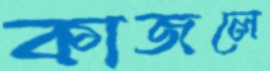
কাজলে